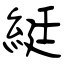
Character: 綎